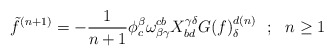
\begin{align*}\tilde f^{(n+1)}=-{1\over{n+1}}\phi_{c}^{\beta }\omega ^{cb}_{\beta \gamma }X_{bd}^{\gamma \delta }G(f)^{d(n)}_\delta ~~;~~n\ge 1\end{align*}